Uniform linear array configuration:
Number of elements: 24
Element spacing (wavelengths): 0.75
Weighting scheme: binomial
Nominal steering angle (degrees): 30
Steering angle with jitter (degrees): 30.859
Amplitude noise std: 0.05
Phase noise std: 0.05

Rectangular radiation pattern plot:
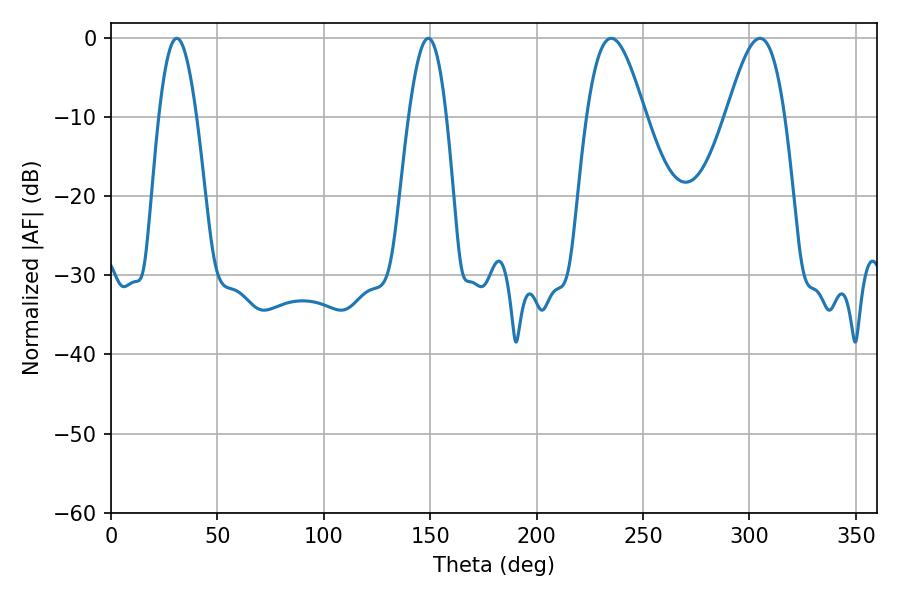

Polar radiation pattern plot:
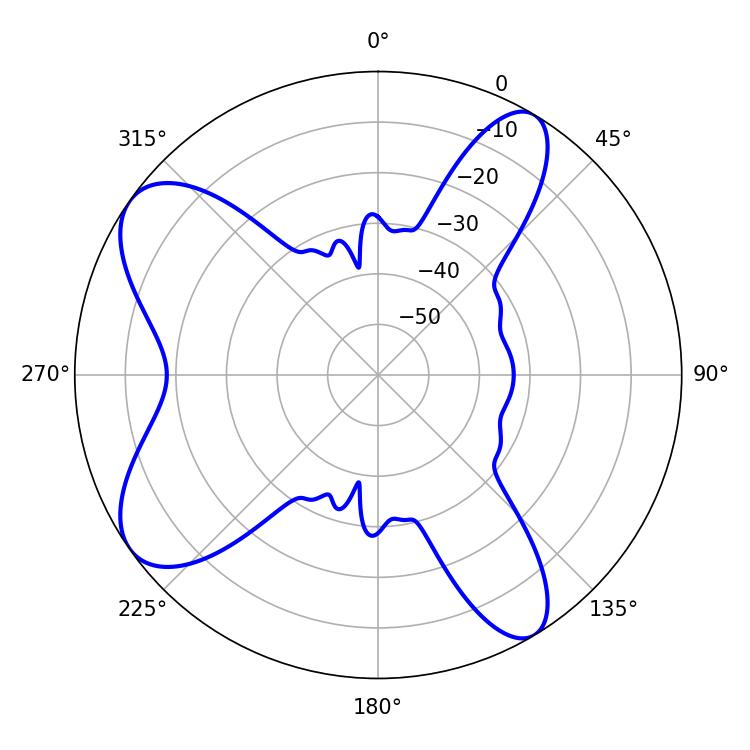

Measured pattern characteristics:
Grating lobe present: TRUE
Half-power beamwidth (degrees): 14.76
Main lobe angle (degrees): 235.08